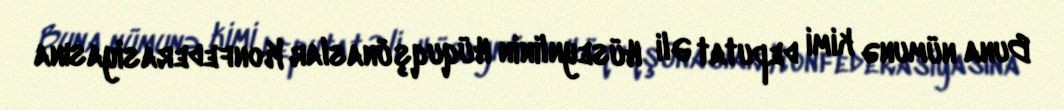
Buna nümunə kimi deputat Əli Hüseynlinin Hüquqşünaslar Konfederasiyasına